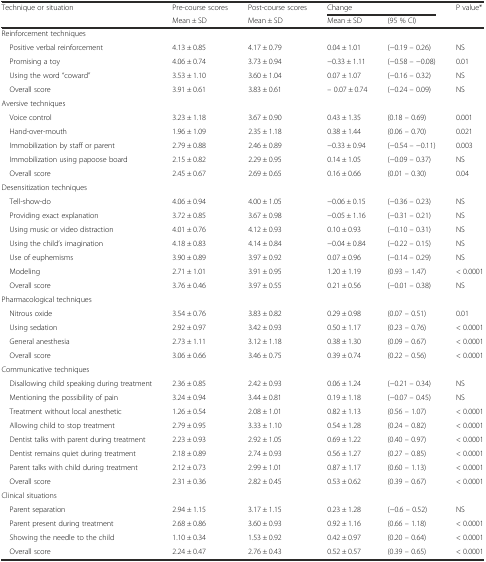
<table><thead><tr><td><b>Technique or situation</b></td><td><b>Pre-course scores</b></td><td><b>Post-course scores</b></td><td colspan="2"><b>Change</b></td><td><b>P value*</b></td></tr><tr><td></td><td><b>Mean ± SD</b></td><td><b>Mean ± SD</b></td><td><b>Mean ± SD</b></td><td><b>(95 % CI)</b></td><td></td></tr></thead><tbody><tr><td colspan="6">Reinforcement techniques</td></tr><tr><td> Positive verbal reinforcement</td><td>4.13 ± 0.85</td><td>4.17 ± 0.79</td><td>0.04 ± 1.01</td><td>(−0.19 – 0.26)</td><td>NS</td></tr><tr><td> Promising a toy</td><td>4.06 ± 0.74</td><td>3.73 ± 0.94</td><td>−0.33 ± 1.11</td><td>(−0.58 – −0.08)</td><td>0.01</td></tr><tr><td> Using the word “coward”</td><td>3.53 ± 1.10</td><td>3.60 ± 1.04</td><td>0.07 ± 1.07</td><td>(−0.16 – 0.32)</td><td>NS</td></tr><tr><td> Overall score</td><td>3.91 ± 0.61</td><td>3.83 ± 0.61</td><td>– 0.07 ± 0.74</td><td>(−0.24 – 0.09)</td><td>NS</td></tr><tr><td colspan="6">Aversive techniques</td></tr><tr><td> Voice control</td><td>3.23 ± 1.18</td><td>3.67 ± 0.90</td><td>0.43 ± 1.35</td><td>(0.18 – 0.69)</td><td>0.001</td></tr><tr><td> Hand-over-mouth</td><td>1.96 ± 1.09</td><td>2.35 ± 1.18</td><td>0.38 ± 1.44</td><td>(0.06 – 0.70)</td><td>0.021</td></tr><tr><td> Immobilization by staff or parent</td><td>2.79 ± 0.88</td><td>2.46 ± 0.89</td><td>−0.33 ± 0.94</td><td>(−0.54 – −0.11)</td><td>0.003</td></tr><tr><td> Immobilization using papoose board</td><td>2.15 ± 0.82</td><td>2.29 ± 0.95</td><td>0.14 ± 1.05</td><td>(−0.09 – 0.37)</td><td>NS</td></tr><tr><td> Overall score</td><td>2.45 ± 0.67</td><td>2.69 ± 0.65</td><td>0.16 ± 0.66</td><td>(0.01 – 0.30)</td><td>0.04</td></tr><tr><td colspan="6">Desensitization techniques</td></tr><tr><td> Tell-show-do</td><td>4.06 ± 0.94</td><td>4.00 ± 1.05</td><td>−0.06 ± 0.15</td><td>(−0.36 – 0.23)</td><td>NS</td></tr><tr><td> Providing exact explanation</td><td>3.72 ± 0.85</td><td>3.67 ± 0.98</td><td>−0.05 ± 1.16</td><td>(−0.31 – 0.21)</td><td>NS</td></tr><tr><td> Using music or video distraction</td><td>4.01 ± 0.76</td><td>4.12 ± 0.93</td><td>0.10 ± 0.93</td><td>(−0.10 – 0.31)</td><td>NS</td></tr><tr><td> Using the child’s imagination</td><td>4.18 ± 0.83</td><td>4.14 ± 0.84</td><td>−0.04 ± 0.84</td><td>(−0.22 – 0.15)</td><td>NS</td></tr><tr><td> Use of euphemisms</td><td>3.90 ± 0.89</td><td>3.97 ± 0.92</td><td>0.07 ± 0.96</td><td>(−0.14 – 0.29)</td><td>NS</td></tr><tr><td> Modeling</td><td>2.71 ± 1.01</td><td>3.91 ± 0.95</td><td>1.20 ± 1.19</td><td>(0.93 – 1.47)</td><td>&lt; 0.0001</td></tr><tr><td> Overall score</td><td>3.76 ± 0.46</td><td>3.97 ± 0.55</td><td>0.21 ± 0.56</td><td>(−0.01 – 0.38)</td><td>NS</td></tr><tr><td colspan="6">Pharmacological techniques</td></tr><tr><td> Nitrous oxide</td><td>3.54 ± 0.76</td><td>3.83 ± 0.82</td><td>0.29 ± 0.98</td><td>(0.07 – 0.51)</td><td>0.01</td></tr><tr><td> Using sedation</td><td>2.92 ± 0.97</td><td>3.42 ± 0.93</td><td>0.50 ± 1.17</td><td>(0.23 – 0.76)</td><td>&lt; 0.0001</td></tr><tr><td> General anesthesia</td><td>2.73 ± 1.11</td><td>3.12 ± 1.18</td><td>0.38 ± 1.30</td><td>(0.09 – 0.67)</td><td>&lt; 0.0001</td></tr><tr><td> Overall score</td><td>3.06 ± 0.66</td><td>3.46 ± 0.75</td><td>0.39 ± 0.74</td><td>(0.22 – 0.56)</td><td>&lt; 0.0001</td></tr><tr><td colspan="6">Communicative techniques</td></tr><tr><td> Disallowing child speaking during treatment</td><td>2.36 ± 0.85</td><td>2.42 ± 0.93</td><td>0.06 ± 1.24</td><td>(−0.21 – 0.34)</td><td>NS</td></tr><tr><td> Mentioning the possibility of pain</td><td>3.24 ± 0.94</td><td>3.44 ± 0.81</td><td>0.19 ± 1.18</td><td>(−0.07 – 0.45)</td><td>NS</td></tr><tr><td> Treatment without local anesthetic</td><td>1.26 ± 0.54</td><td>2.08 ± 1.01</td><td>0.82 ± 1.13</td><td>(0.56 – 1.07)</td><td>&lt; 0.0001</td></tr><tr><td> Allowing child to stop treatment</td><td>2.79 ± 0.95</td><td>3.33 ± 1.10</td><td>0.54 ± 1.28</td><td>(0.24 – 0.82)</td><td>&lt; 0.0001</td></tr><tr><td> Dentist talks with parent during treatment</td><td>2.23 ± 0.93</td><td>2.92 ± 1.05</td><td>0.69 ± 1.22</td><td>(0.40 – 0.97)</td><td>&lt; 0.0001</td></tr><tr><td> Dentist remains quiet during treatment</td><td>2.18 ± 0.89</td><td>2.74 ± 0.93</td><td>0.56 ± 1.27</td><td>(0.27 – 0.85)</td><td>&lt; 0.0001</td></tr><tr><td> Parent talks with child during treatment</td><td>2.12 ± 0.73</td><td>2.99 ± 1.01</td><td>0.87 ± 1.17</td><td>(0.60 – 1.13)</td><td>&lt; 0.0001</td></tr><tr><td> Overall score</td><td>2.31 ± 0.36</td><td>2.82 ± 0.45</td><td>0.53 ± 0.62</td><td>(0.39 – 0.67)</td><td>&lt; 0.0001</td></tr><tr><td colspan="6">Clinical situations</td></tr><tr><td> Parent separation</td><td>2.94 ± 1.15</td><td>3.17 ± 1.15</td><td>0.23 ± 1.28</td><td>(−0.6 – 0.52)</td><td>NS</td></tr><tr><td> Parent present during treatment</td><td>2.68 ± 0.86</td><td>3.60 ± 0.93</td><td>0.92 ± 1.16</td><td>(0.66 – 1.18)</td><td>&lt; 0.0001</td></tr><tr><td> Showing the needle to the child</td><td>1.10 ± 0.34</td><td>1.53 ± 0.92</td><td>0.42 ± 0.97</td><td>(0.20 – 0.64)</td><td>&lt; 0.0001</td></tr><tr><td> Overall score</td><td>2.24 ± 0.47</td><td>2.76 ± 0.43</td><td>0.52 ± 0.57</td><td>(0.39 – 0.65)</td><td>&lt; 0.0001</td></tr></tbody></table>